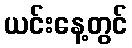
ယင်းနေ့တွင်